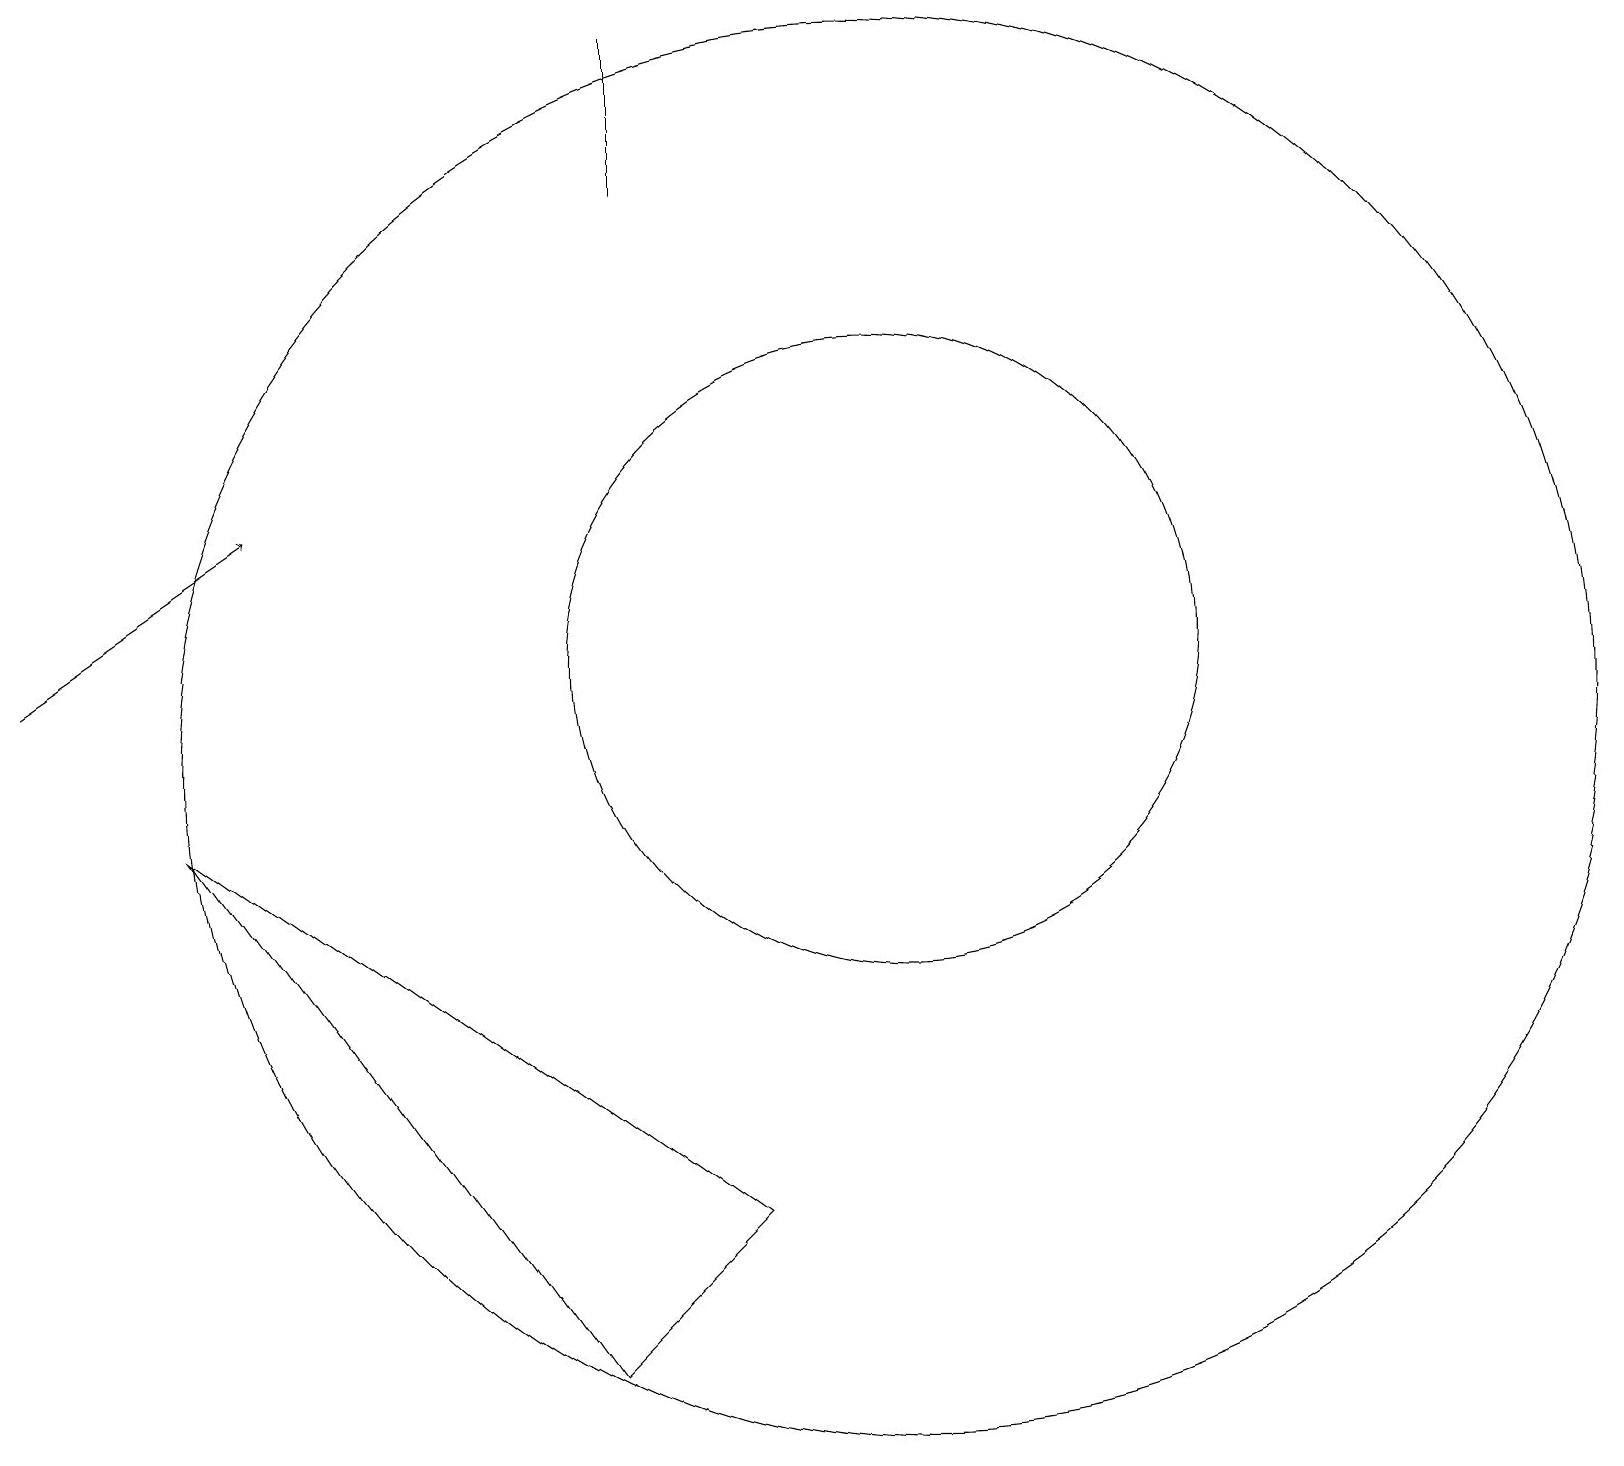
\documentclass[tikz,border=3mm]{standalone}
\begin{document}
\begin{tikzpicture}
\draw[->] (0,11) -- (3,13);
\draw (8,19) rectangle (8,17);
\draw (11,11) circle (4);
\draw (7,2) -- (9,4) -- (2,9) -- cycle;
\draw (11,10) circle (9);
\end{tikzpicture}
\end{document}